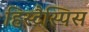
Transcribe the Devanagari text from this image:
हिस्टैस्पिस